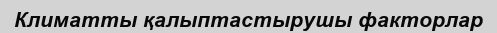
Климатты қалыптастырушы факторлар